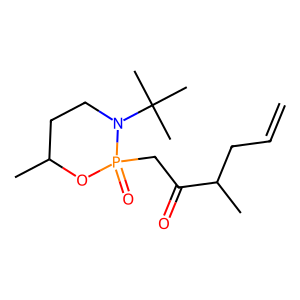
SMILES: C=CCC(C)C(=O)CP1(=O)OC(C)CCN1C(C)(C)C
Inhibits HIV replication: No